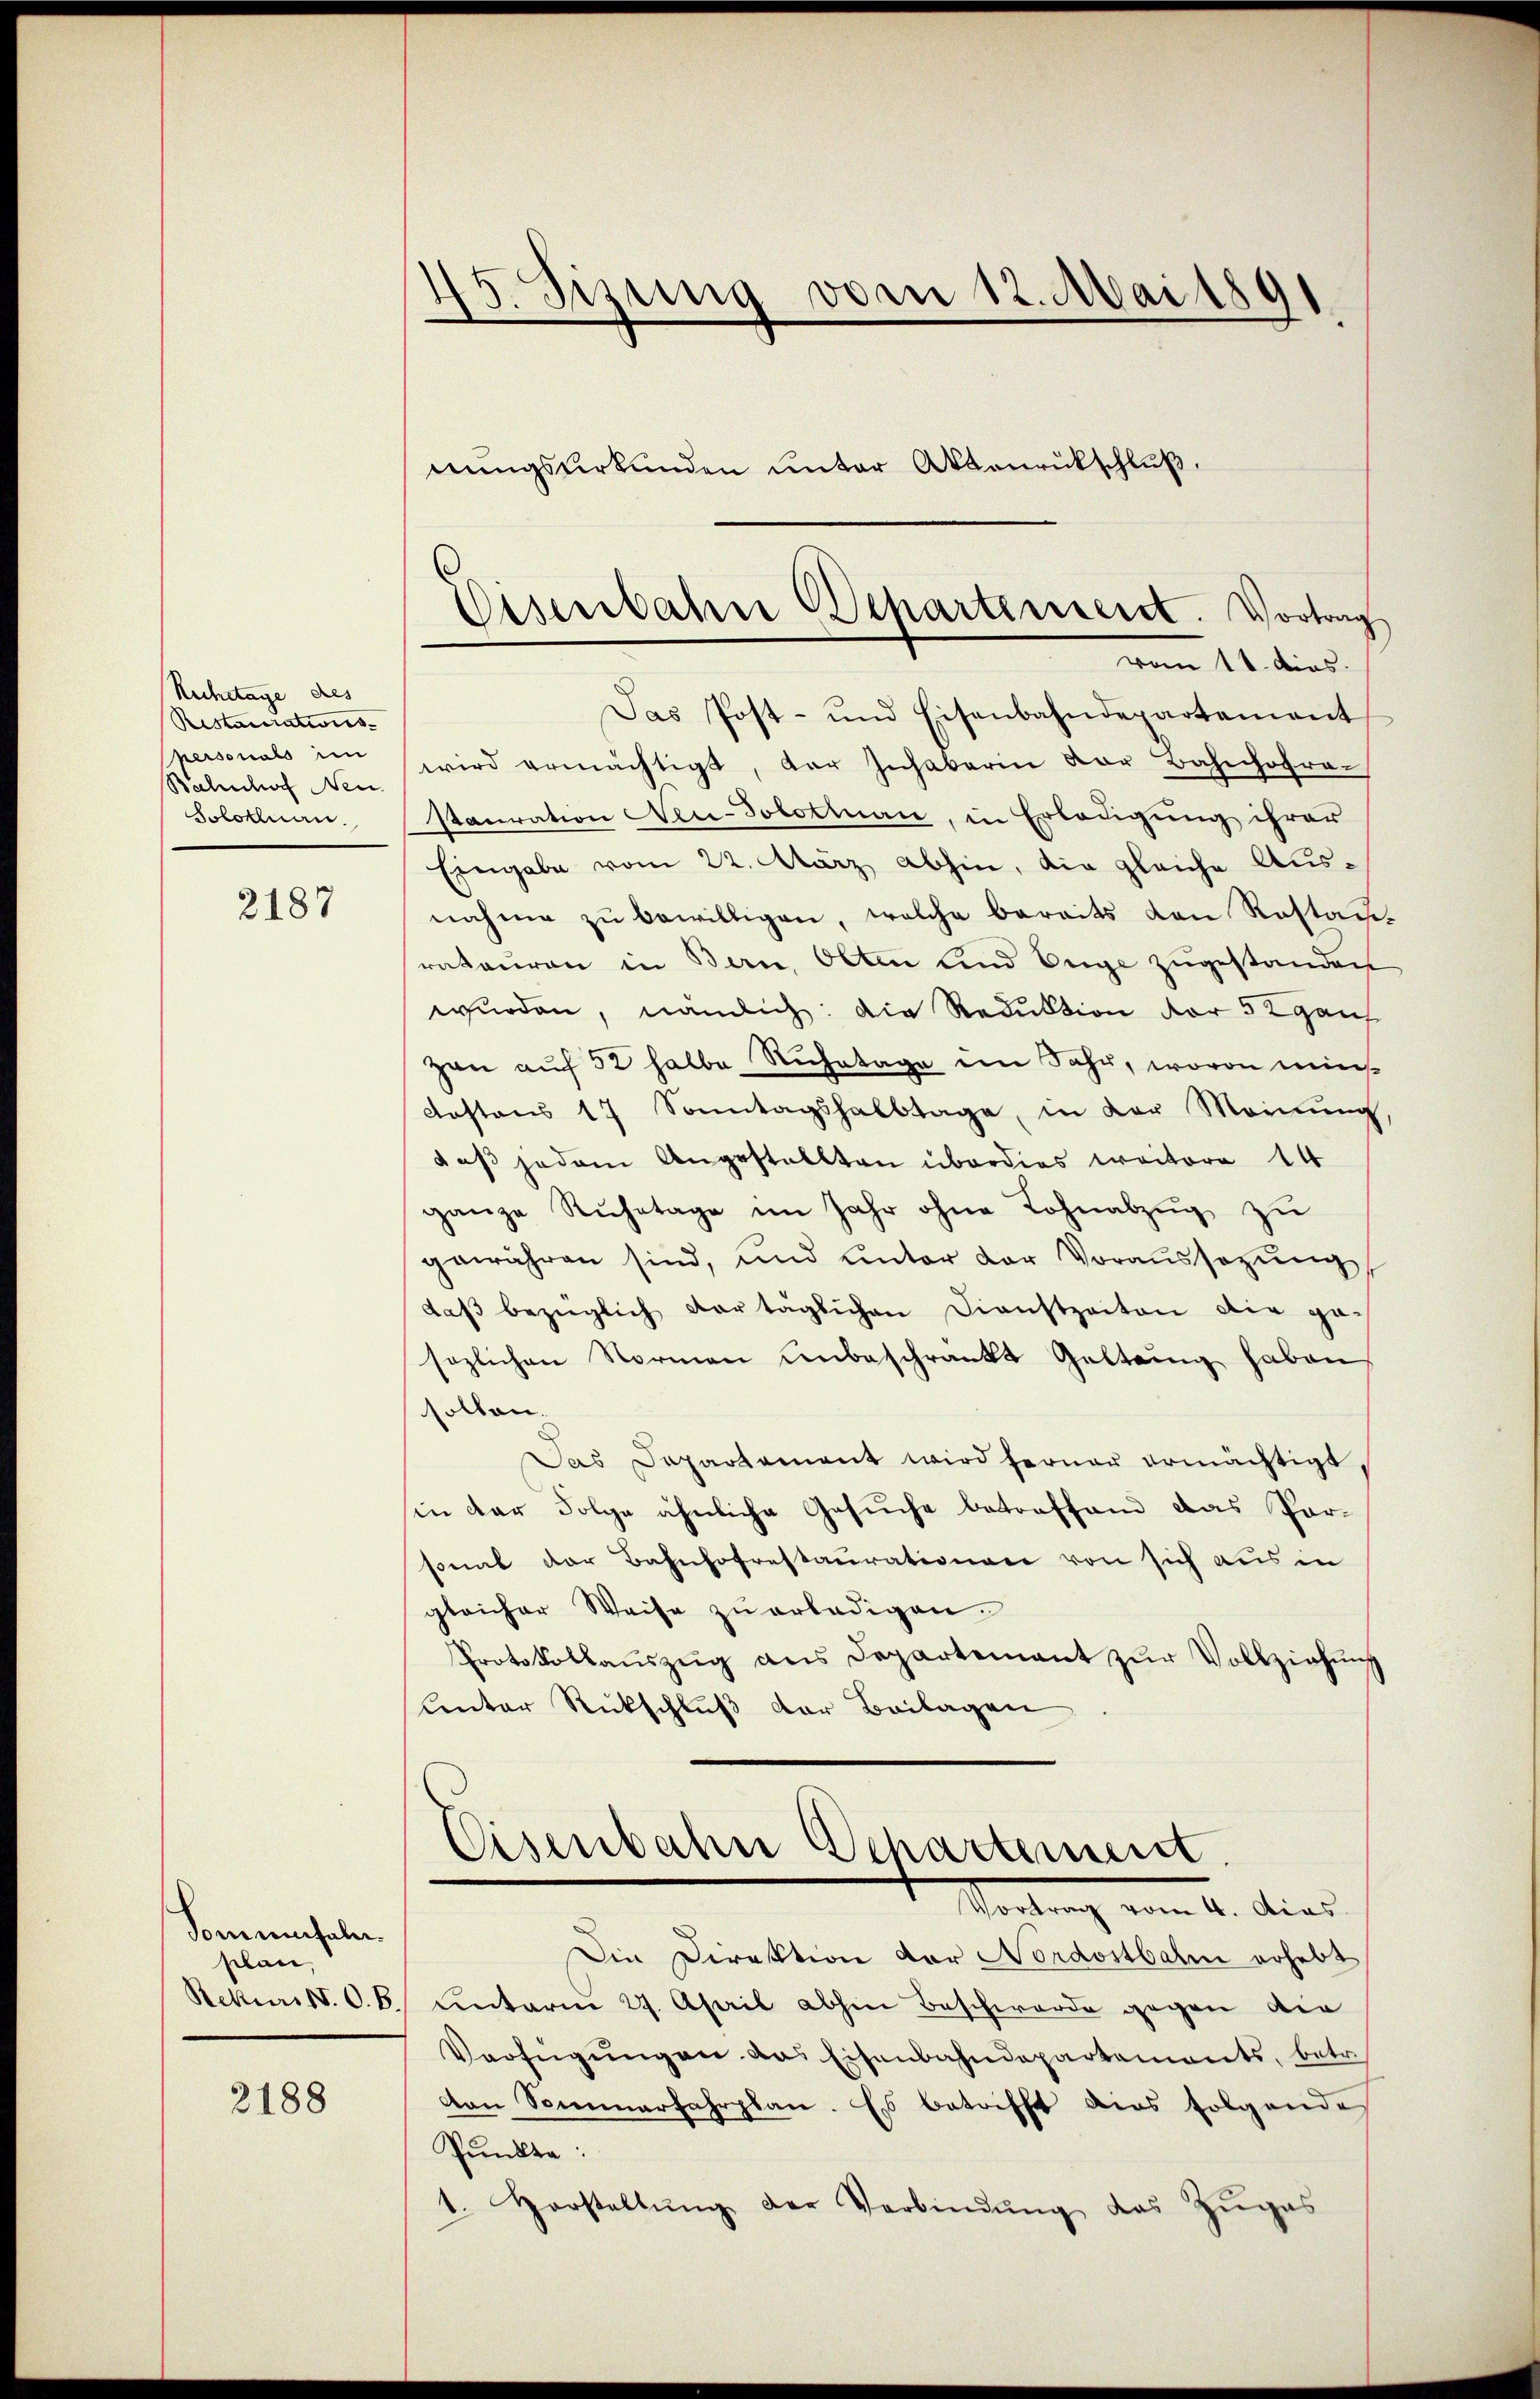
Ruchetage des
Restaurations-
personals im
Bahnhof Neu
Jolokluan.

2187

Sommensaler.
plan,
Rekurs N. O. B.

2188

45. Sizung vom 12. Mai 1891

nungsurkunden unter Aktenrückschluß.

Das Post- und Eisenbahndepartement
wird ermächtigt, der Inhaberin der Bahnhofra-
stauration Neu-Solotiuan, in Erledigung ihrer
Eingabe vom 22. März abhin, die gleiche Ausnahme zŭ bewilligen, welche bereits von Rostaus
rateŭren in Bern, Otten und Enge zŭgestanden
würden, nämlich: die Reduktion der 5 2 ganz
zen auf 52 halbe Ruhetage im Jahr, wovon minkostens 17 Sonntagshalbtage, in der Meinŭng,
daß jedem Angestellten überdies weitere 14
ganze Rŭhetage im Jahr ohne Lohnabzŭg zŭ
gewähren sind, und unter der Voraussezung
daβ bezüglich vortäglichen Dienstzeiten die ge-
sozlichen Normen unbeschränkt Geltung haben,
sollen.
Pas Departement wird ferner ermächtigt,
sin der Folge ähnliche Gesuche betreffend das Par-
sonat der Bahnhofrestaurationen von sich aus in
gleicher Weise zu erledigen.
Protokollaŭszŭg ans Departement zŭr Vollziehung
Lnter Rückschluß der Beilagen
Eisenbahn Departement
Mortung vom 14. dies
Die Direktion der Nordostbahn erhebt
unterm 27. April abhin Beschwerde gegen die
Verfügŭngen das Eisenbahndepartements, betr.
von Sommerfahrplan. Es betrifft dies folgendes
Punkte:
1. Vorstellŭng der Verbindŭng des Zŭgas

Eisenbahne Departement. Vortrag
vom 11. dies